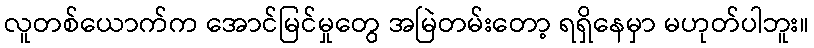
လူတစ်ယောက်က အောင်မြင်မှုတွေ အမြဲတမ်းတော့ ရရှိနေမှာ မဟုတ်ပါဘူး။